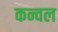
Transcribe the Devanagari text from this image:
कन्वल